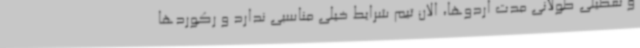
و تعطیلی طولانی مدت اردوها، الان تیم شرایط خیلی مناسبی ندارد و رکوردها